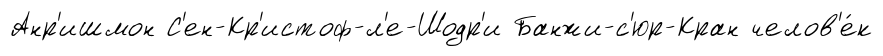
Анр'ишмон С'ен-Кр'истоф-л'е-Шодр'и Банжи-с'юр-Кран челов'е́к